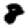
Digit: 8